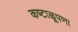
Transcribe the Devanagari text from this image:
कष्टाळूपणा